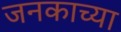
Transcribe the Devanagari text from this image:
जनकाच्या